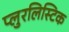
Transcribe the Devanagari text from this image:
प्लुरलिस्टिक